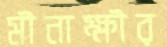
মীনাক্ষীর